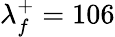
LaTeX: \lambda_{f}^{+}=106